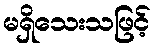
မရှိသေးသဖြင့်